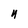
Character: 4